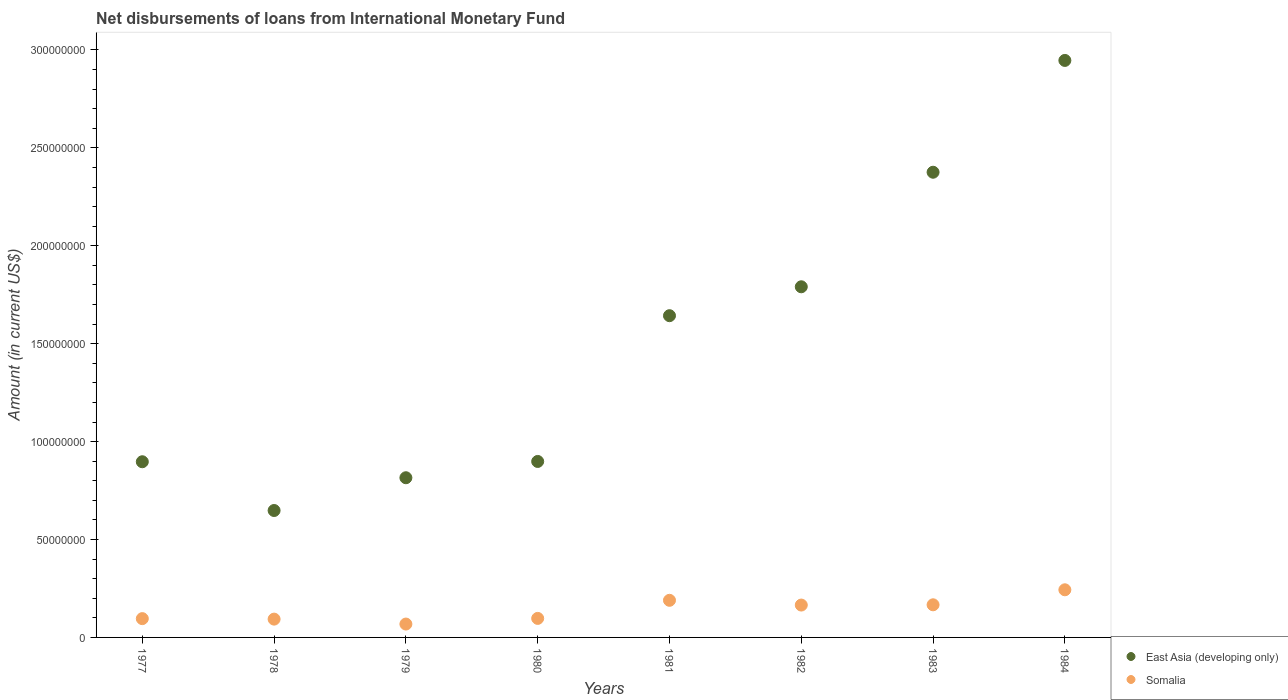
| Years | East Asia (developing only) | Somalia |
 | --- | --- | --- |
 | 1977 | 8.97e+07 | 9.6e+06 |
 | 1978 | 6.48e+07 | 9.35e+06 |
 | 1979 | 8.15e+07 | 6.83e+06 |
 | 1980 | 8.99e+07 | 9.72e+06 |
 | 1981 | 1.64e+08 | 1.9e+07 |
 | 1982 | 1.79e+08 | 1.65e+07 |
 | 1983 | 2.38e+08 | 1.67e+07 |
 | 1984 | 2.95e+08 | 2.43e+07 |